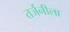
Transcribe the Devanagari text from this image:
तर्जनीला